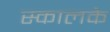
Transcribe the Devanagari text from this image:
स्कालके